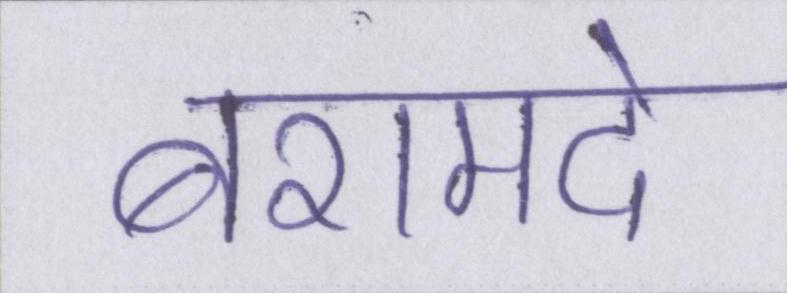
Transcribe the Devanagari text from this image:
बरामदे